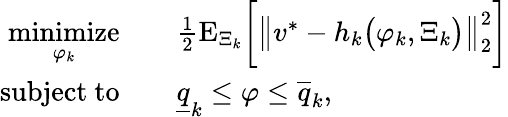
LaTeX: \begin{array}{rl}{\underset{\varphi_{k}}{\mathrm{minimize}}}&{\quad\frac{1}{2}\mathrm{E}_{\Xi_{k}}\bigg[\big\| v^{*}-h_{k}\big(\varphi_{k},\Xi_{k}\big)\big\| _{2}^{2}\bigg]}\\ {\mathrm{subject~to}}&{\quad\underline{{q}}_{k}\leq\varphi\leq\overline{{q}}_{k},}\end{array}